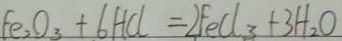
F e _ { 2 } O _ { 3 } + 6 H C l = 2 F e C l _ { 3 } + 3 H _ { 2 } O